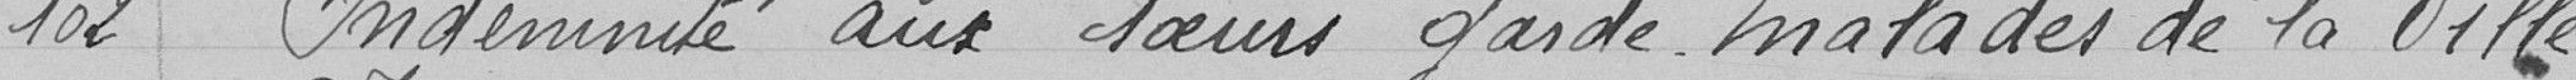
102 - Indemnité aux soeurs garde-malades de la Ville